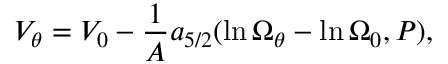
V _ { \theta } = V _ { 0 } - { \frac { 1 } { \cal A } } a _ { 5 / 2 } ( \ln \Omega _ { \theta } - \ln \Omega _ { 0 } , P ) ,